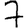
Digit: 7